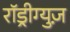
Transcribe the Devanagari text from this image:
राॅड्रीग्युज़